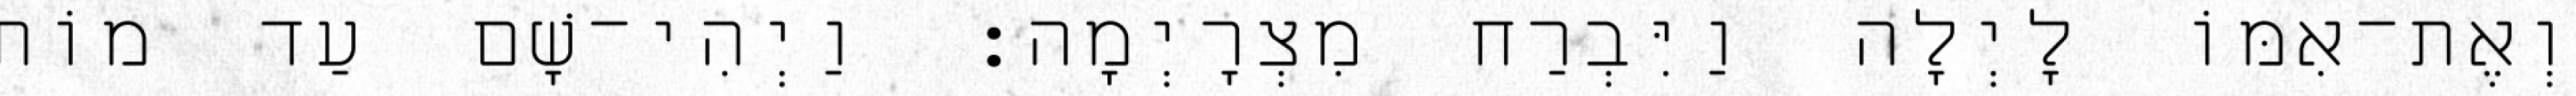
וְאֶת־אִמּוֹ לָיְלָה וַיִּבְרַח מִצְרָיְמָה׃ וַיְהִי־שָׁם עַד מוֹת